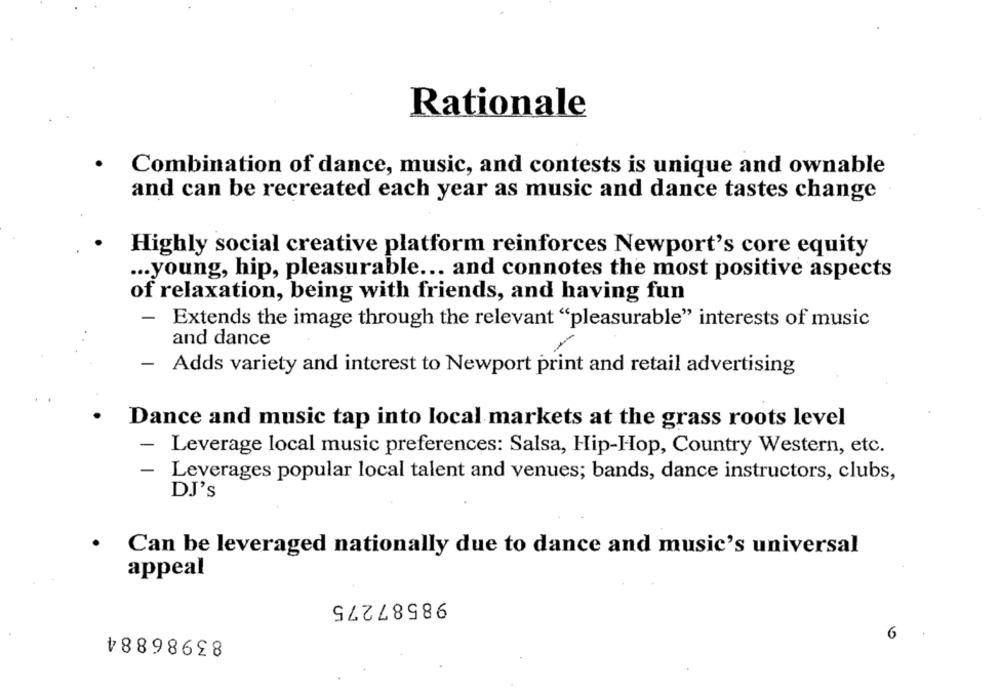
Rationale
Combination of dance, music, and contests is unique and ownable
and can be recreated each year as music and dance tastes change
Highly social creative platform reinforces Newport's core equity
... young, hip, pleasurable ... and connotes the most positive aspects
of relaxation, being with friends, and having fun
- Extends the image through the relevant "pleasurable" interests of music
and dance
- Adds variety and interest to Newport print and retail advertising
Dance and music tap into local markets at the grass roots level
-
Leverage local music preferences: Salsa, Hip-Hop, Country Western, etc.
- Leverages popular local talent and venues; bands, dance instructors, clubs,
DJ's
Can be leveraged nationally due to dance and music's universal
appeal
98587275
83986884
6